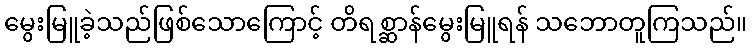
မွေးမြူခဲ့သည်ဖြစ်သောကြောင့် တိရစ္ဆာန်မွေးမြူရန် သဘောတူကြသည်။